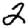
Digit: 2